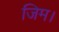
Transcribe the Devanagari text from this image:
जिम।